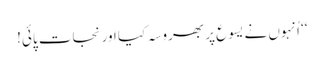
‘‘ اُنہوں نے یسوع پر بھروسہ کیا اور نجات پائی!